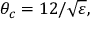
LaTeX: \theta _ { c } = 1 2 / \sqrt { \varepsilon } ,